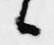
候